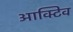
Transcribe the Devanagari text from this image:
आक्टिव